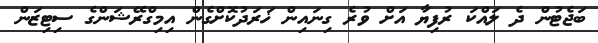
ބަޖެޓުން ދެ ލައްކަ ރުފިޔާ އަށް ވުރެ ގިނައިން ޚަރަދުކޮށްގެން އިމިގްރޭޝަންގެ ސިޓިޒަން